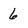
Character: 6